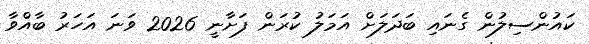
ކައުންސިލުން ގެނައި ބަދަލަށް އަމަލު ކުރަން ފަށާނީ 2026 ވަނަ އަހަރު ބާއްވާ